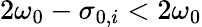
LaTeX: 2\omega_{0}-\sigma_{0,i}<2\omega_{0}